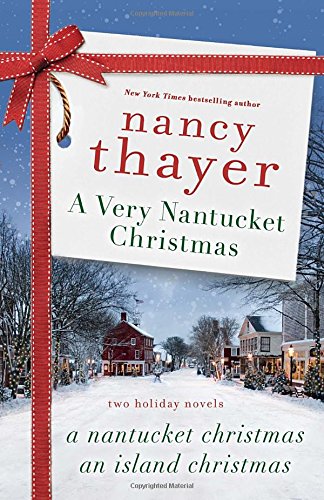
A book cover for A Very Nantucket Christmas: Two Holiday Novels; Nancy Thayer; Romance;